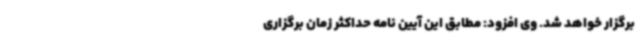
برگزار خواهد شد. وی افزود: مطابق این آیین نامه حداکثر زمان برگزاری